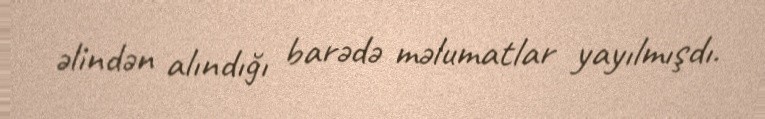
əlindən alındığı barədə məlumatlar yayılmışdı.